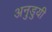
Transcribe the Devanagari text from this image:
अनुडुयी